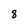
Character: 8